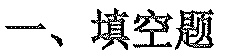
一、填空题